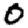
Digit: 0